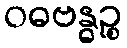
ဝဓဗန္ဓဉ္စ